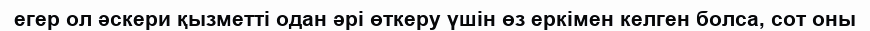
егер ол әскери қызметті одан әрі өткеру үшін өз еркімен келген болса, coт оны